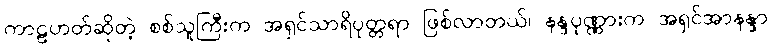
ကာဠဟတ်ဆိုတဲ့ စစ်သူကြီးက အရှင်သာရိပုတ္တရာ ဖြစ်လာတယ်၊ နန္ဒပုဏ္ဏားက အရှင်အာနန္ဒာ